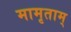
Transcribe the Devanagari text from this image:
मामृताम्‌